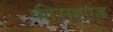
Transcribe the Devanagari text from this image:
कीसहूण्ड